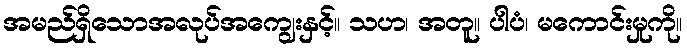
အမည်ရှိသောအလုပ်အကျွေးနှင့်။ သဟ၊ အတူ။ ပါပံ၊ မကောင်းမှုကို။